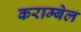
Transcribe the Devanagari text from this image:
कराम्बेल